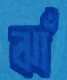
ঝাঁ